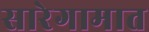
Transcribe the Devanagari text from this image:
सारेगामात